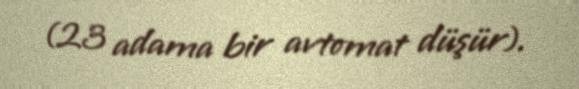
(23 adama bir avtomat düşür).